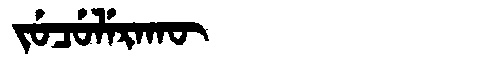
Manchu: ᠵᡠᠴᡠᠯᡝᡵᠠᡴᡡ
Romanization: JUCULERAKŪ